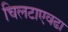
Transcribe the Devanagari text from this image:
चिलटाएवढा